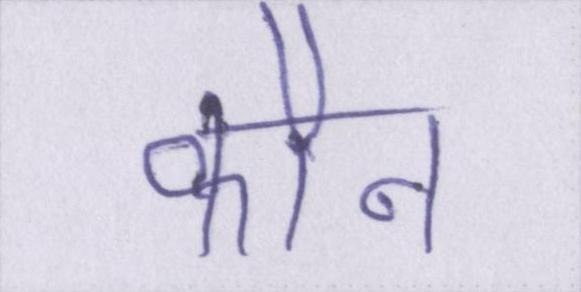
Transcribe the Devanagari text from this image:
कौन